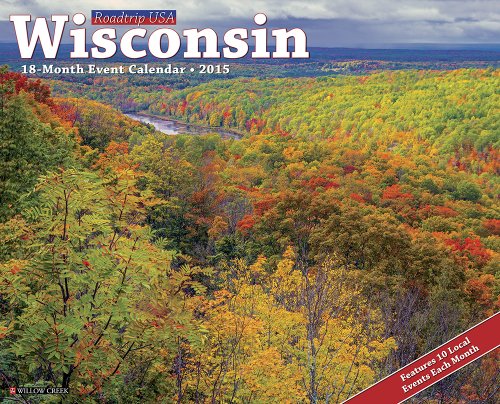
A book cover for Wisconsin 2015 Wall Calendar (Roadtrip USA); Willow Creek Press; Calendars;